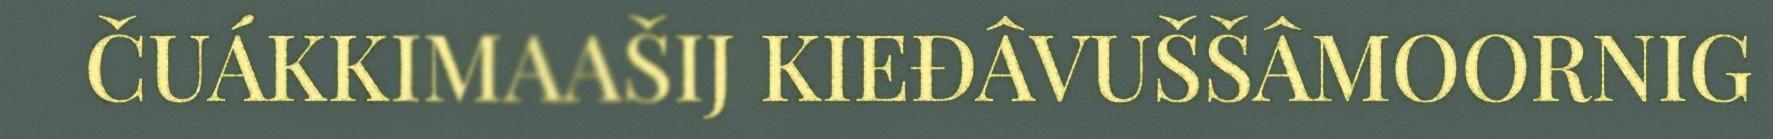
ČUÁKKIMAAŠIJ KIEĐÂVUŠŠÂMOORNIG